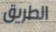
الطريق